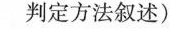
判定方法叙述)